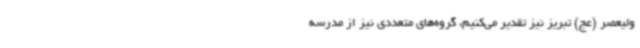
ولیعصر (عج) تبریز نیز تقدیر می‌کنیم، گروه‌های متعددی نیز از مدرسه